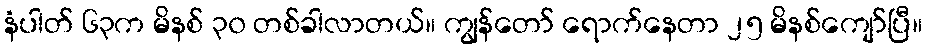
နံပါတ် ၆၃က မိနစ် ၃၀ တစ်ခါလာတယ်။ ကျွန်တော် ရောက်နေတာ ၂၅ မိနစ်ကျော်ပြီ။